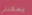
يمكنني